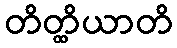
တိတ္ထိယာတိ